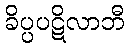
ခိပ္ပပဋိလာဘီ